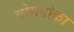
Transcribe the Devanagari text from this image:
बोमपोका